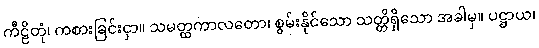
ကီဠိတုံ၊ ကစားခြင်းငှာ။ သမတ္ထကာလတော၊ စွမ်းနိုင်သော သတ္တိရှိသော အခါမှ။ ပဋ္ဌာယ၊